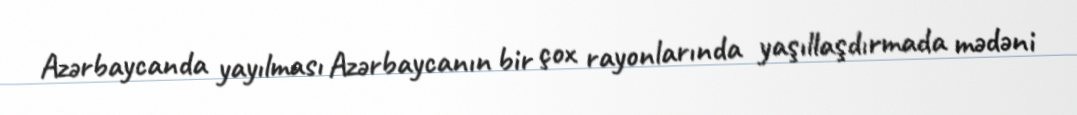
Azərbaycanda yayılması Azərbaycanın bir çox rayonlarında yaşıllaşdırmada mədəni